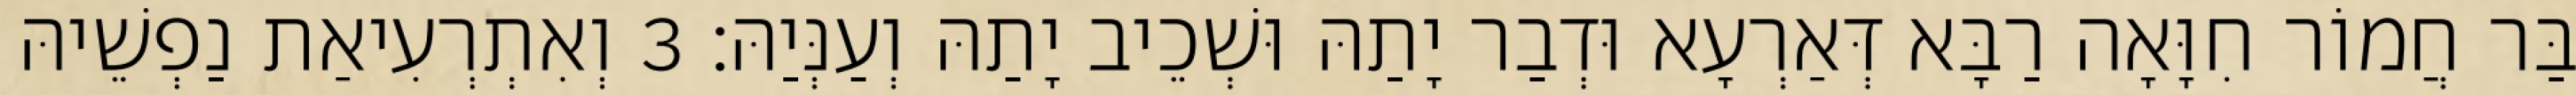
בַּר חֲמוֹר חִוָּאָה רַבָּא דְּאַרְעָא וּדְבַר יָתַהּ וּשְׁכֵיב יָתַהּ וְעַנְּיַהּ׃ 3 וְאִתְרְעִיאַת נַפְשֵׁיהּ